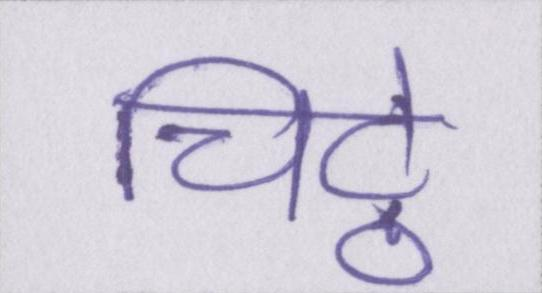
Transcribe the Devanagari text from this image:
चिट्ठे